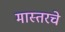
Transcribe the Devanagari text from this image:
मास्तरचे